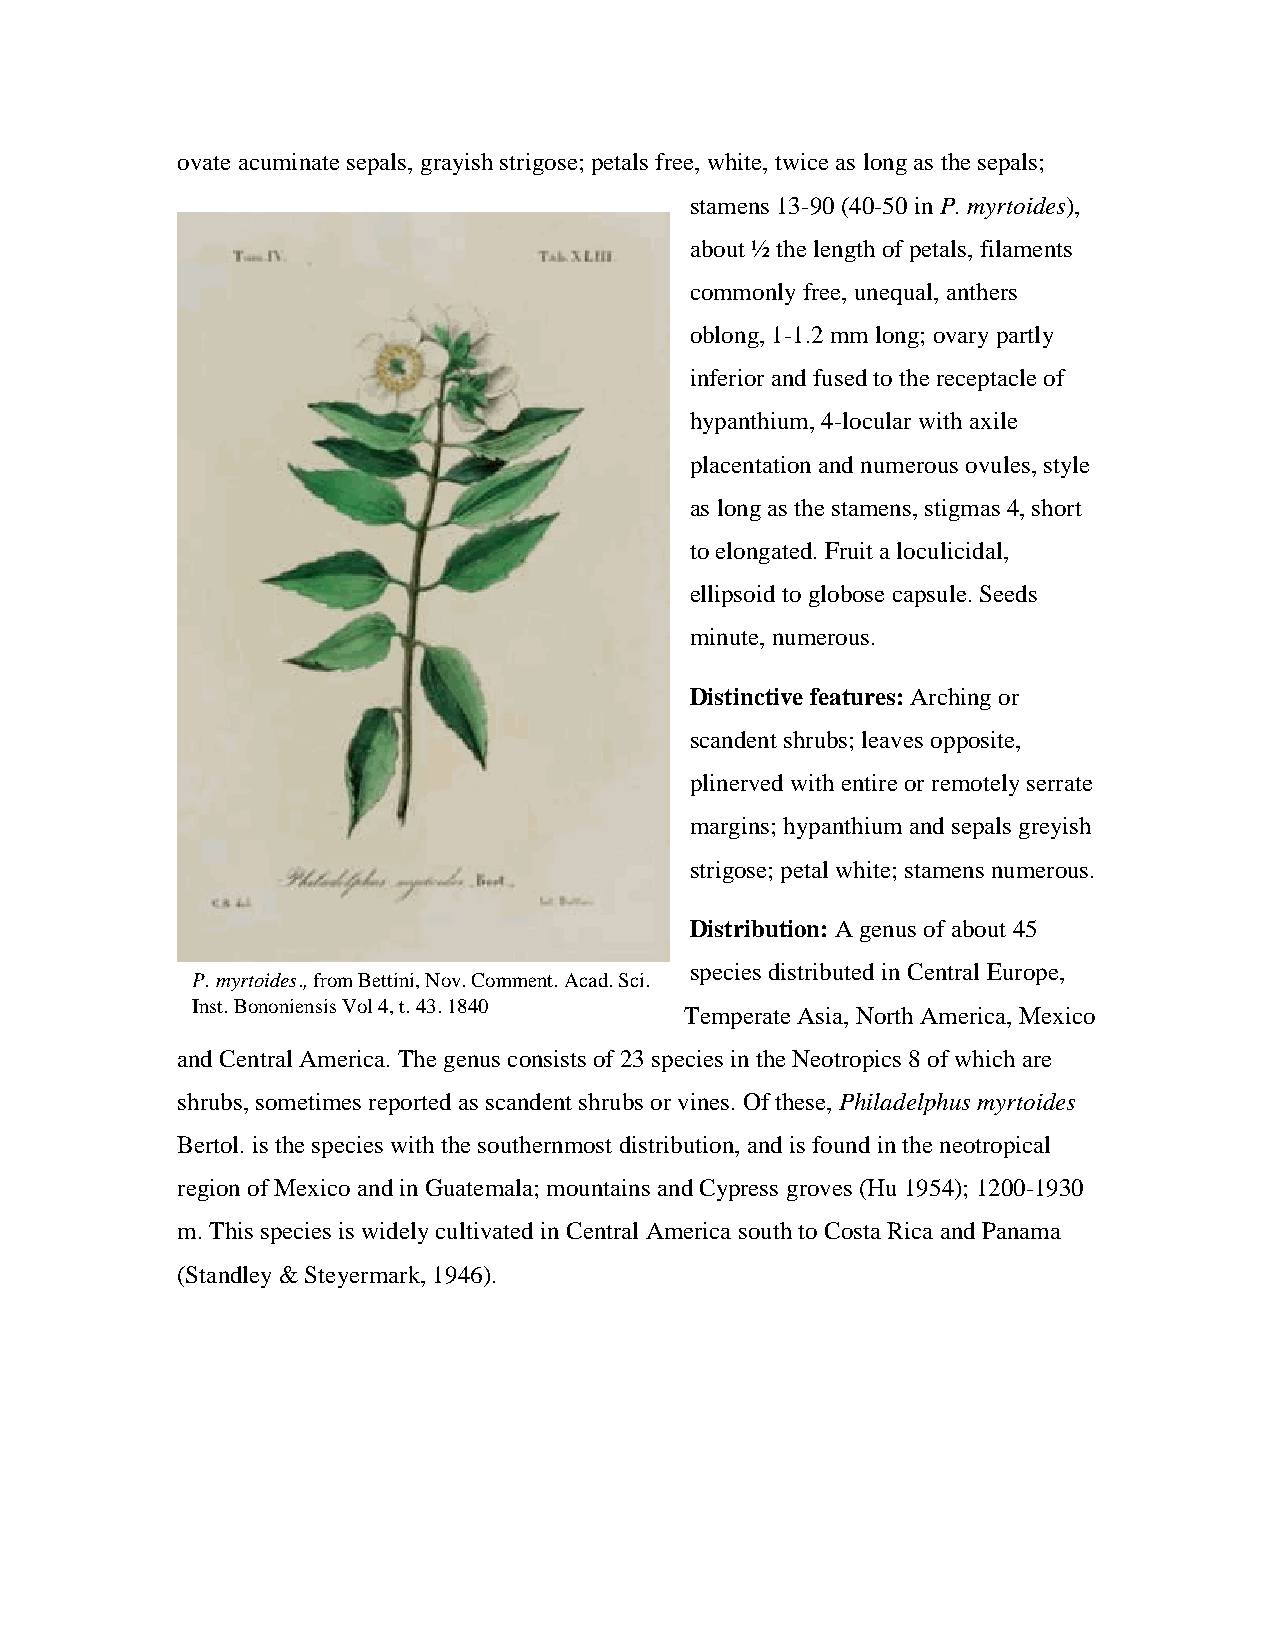
ovateacuminatesepals, grayish strigose; petals free, white, twice as long as the sepals;
 stamens 13-90 (40-50 in P. myrtoides),
 about ½ the length of petals, filaments
 commonly free, unequal, anthers
 oblong, 1-1.2 mm long; ovary partly
 inferior and fused to the receptacle of
 hypanthium, 4-locular with axile
 placentation and numerous ovules, style
 as long as the stamens, stigmas 4, short
 to elongated. Fruit a loculicidal,
 ellipsoid to globose capsule. Seeds
 minute, numerous.
 Distinctive features: Archingor
 scandent shrubs; leaves opposite,
 plinerved with entire or remotely serrate
 margins; hypanthium and sepals greyish
 strigose; petal white; stamens numerous.
 Distribution: A genus of about 45
 species distributed in Central Europe,
 P.myrtoides.,from Bettini, Nov. Comment. Acad. Sci.
 Inst. Bononiensis Vol 4, t. 43. 1840
 TemperateAsia,North America, Mexico
 andCentral America. The genus consists of 23species in the Neotropics 8 of which are
 shrubs,sometimes reported as scandent shrubsor vines.Of these,Philadelphus myrtoides
 Bertol. is the species with the southernmost distribution, and is foundin the neotropical
 region of Mexico and in Guatemala; mountains and Cypress groves (Hu 1954); 1200-1930
 m. This species is widely cultivated in Central America south to Costa Rica and Panama
 (Standley& Steyermark, 1946).